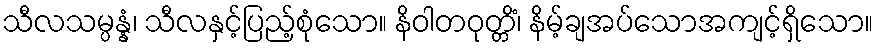
သီလသမ္ပန္နံ၊ သီလနှင့်ပြည့်စုံသော။ နိဝါတဝုတ္တိံ၊ နိမ့်ချအပ်သောအကျင့်ရှိသော။